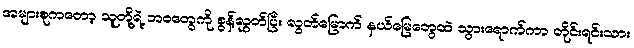
အများစုကတော့ သူတို့ရဲ့ ဘဝတွေကို စွန့်လွှတ်ပြီး လွတ်မြောက် နယ်မြေတွေထဲ သွားရောက်ကာ တိုင်းရင်းသား